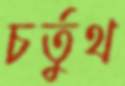
চর্তুথ